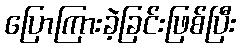
ပြောကြားခဲ့ခြင်းဖြစ်ပြီး